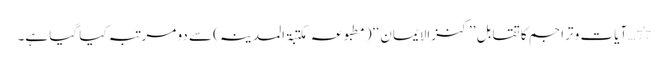
٭…آیات و تراجم کا تقابل ’’ کنزالایمان ‘‘ ( مطبو عہ مکتبۃ المدینہ) سے دو مرتبہ کیا گیا ہے۔